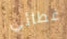
غطائي